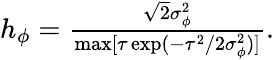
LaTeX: \begin{array}{r}{h_{\phi}=\frac{\sqrt{2}\sigma_{\phi}^{2}}{\operatorname*{max}[\tau\exp(-\tau^{2}/2\sigma_{\phi}^{2})]}.}\end{array}